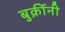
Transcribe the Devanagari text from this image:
बुर्क़ीनी